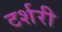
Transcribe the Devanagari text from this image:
टर्शरी